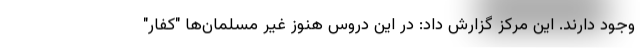
وجود دارند. این مرکز گزارش داد: در این دروس هنوز غیر مسلمان‌ها "کفار"